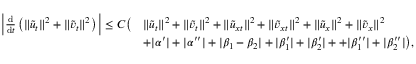
\begin{array} { r l } { \Big | \frac { \mathrm { d } } { \mathrm { d } t } \left( \| \tilde { u } _ { t } \| ^ { 2 } + \| \tilde { v } _ { t } \| ^ { 2 } \right) \Big | \le C \big ( } & { \| \tilde { u } _ { t } \| ^ { 2 } + \| \tilde { v } _ { t } \| ^ { 2 } + \| \tilde { u } _ { x t } \| ^ { 2 } + \| \tilde { v } _ { x t } \| ^ { 2 } + \| \tilde { u } _ { x } \| ^ { 2 } + \| \tilde { v } _ { x } \| ^ { 2 } } \\ & { + | \alpha ^ { \prime } | + | \alpha ^ { \prime \prime } | + | \beta _ { 1 } - \beta _ { 2 } | + | \beta _ { 1 } ^ { \prime } | + | \beta _ { 2 } ^ { \prime } | + + | \beta _ { 1 } ^ { \prime \prime } | + | \beta _ { 2 } ^ { \prime \prime } | \big ) , } \end{array}